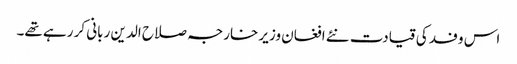
اس وفد کی قیادت نئے افغان وزیر خارجہ صلاح الدین ربانی کر رہے تھے۔